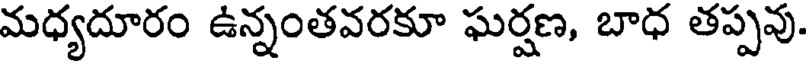
మధ్యదూరం ఉన్నంతవరకూ ఘర్షణ, బాధ తప్పవు.